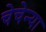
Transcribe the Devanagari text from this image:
चेचेन्या